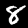
Digit: 8